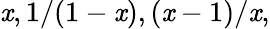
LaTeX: \mathit{x},1/(1-\mathit{x}),(\mathit{x}-1)/\mathit{x},